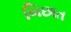
બિછાત